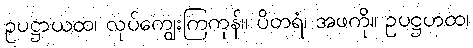
ဥပဋ္ဌာယထ၊ လုပ်ကျွေးကြကုန်။ ပိတရံ၊ အဖကို။ ဥပဋ္ဌဟထ၊